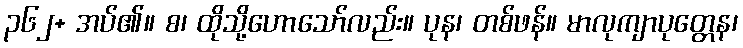
၃၆၂+ အပ်၏။ စ၊ ထိုသို့ဟောသော်လည်း။ ပုန၊ တစ်ဖန်။ မာလုကျာပုတ္တေန၊